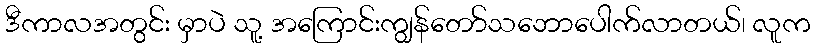
ဒီကာလအတွင်း မှာပဲ သူ့ အကြောင်းကျွန်တော်သဘောပေါက်လာတယ်၊ လူက